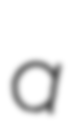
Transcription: a